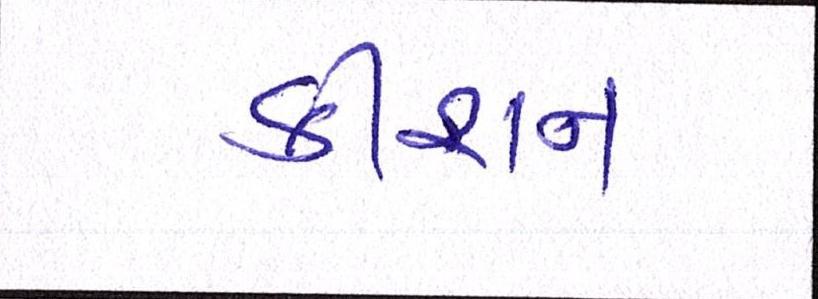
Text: કીશન